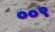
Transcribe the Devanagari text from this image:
००९